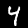
Label: 4